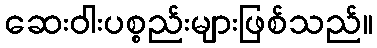
ဆေးဝါးပစ္စည်းများဖြစ်သည်။